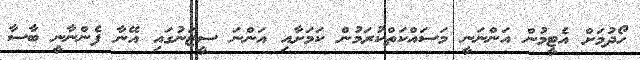
ހޯދުމަށް އެޓީމުން އަންނަނީ މަސައްކަތްކުރަމުން ކަމަށާއި އަންނަ ސީޒަނުގައި އޭނާ ފެންނާނީ ބާސާ